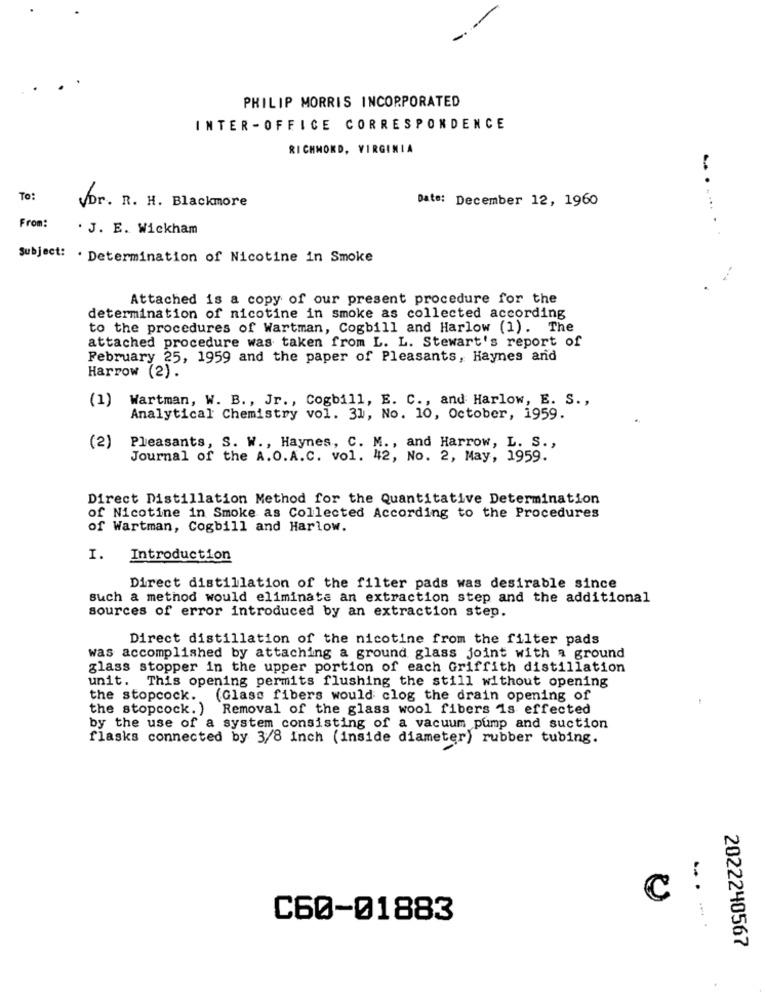
PHILIP MORRIS INCORPORATED
INTER -OFFICE CORRESPONDENCE
RICHMOND, VIRGINIA
To:
Date: December 12, 1960
vor. R. H. Blackmore
From:
. J. E. Wickham
... . .... . .
Subject: . Determination of Nicotine in Smoke
-
Attached is a copy of our present procedure for the
determination of nicotine in smoke as collected according
to the procedures of Wartman, Cogbill and Harlow (1). The
attached procedure was taken from L. L. Stewart's report of
February 25, 1959 and the paper of Pleasants, Haynes and
Harrow (2).
(1) Wartman, W. B ., Jr ., Cogbill, E. C ., and Harlow, E. S .,
Analytical Chemistry vol. 31, No. 10, October, 1959.
Pleasants, S. W ., Haynes, C. M ., and Harrow, L. S .,
(2)
Journal of the A.O.A.C. vol. 42, No. 2, May, 1959.
Direct Distillation Method for the Quantitative Determination
of Nicotine in Smoke as Collected According to the Procedures
of Wartman, Cogbill and Harlow.
I.
Introduction
Direct distillation of the filter pads was desirable since
such a method would eliminate an extraction step and the additional
sources of error introduced by an extraction step.
Direct distillation of the nicotine from the filter pads
was accomplished by attaching a ground glass joint with a ground
glass stopper in the upper portion of each Griffith distillation
unit. This opening permits flushing the still without opening
the stopcock. (Glass fibers would clog the drain opening of
the stopcock. ) Removal of the glass wool fibers is effected
by the use of a system consisting of a vacuum pump and suction
flasks connected by 3/8 Inch (inside diameter) rubber tubing.
C
C60-01883
......
2022240567